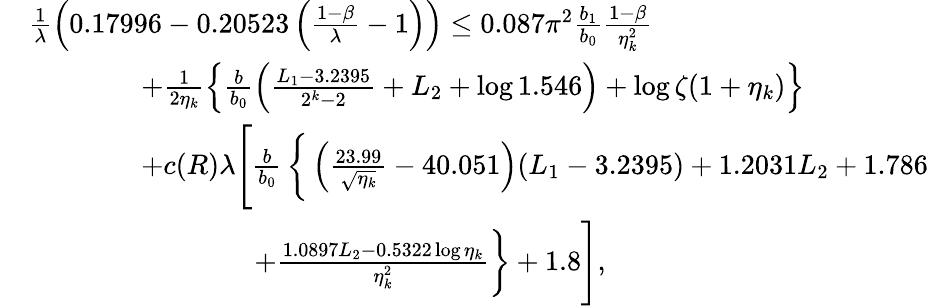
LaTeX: \begin{array}{rl}&{\frac{1}{\lambda}\left(0.17996-0.20523\left(\frac{1-\beta}{\lambda}-1\right)\right)\le 0.087\pi^{2}\frac{b_{1}}{b_{0}}\frac{1-\beta}{\eta_{k}^{2}}}\\ &{\qquad\qquad+\frac{1}{2\eta_{k}}\left\{ \frac{b}{b_{0}}\left(\frac{L_{1}-3.2395}{2^{k}-2}+L_{2}+\log 1.546\right)+\log\zeta(1+\eta_{k})\right\} }\\ &{\qquad\qquad+c(R)\lambda\Bigg[\frac{b}{b_{0}}\, \bigg\{ \left(\frac{23.99}{\sqrt{\eta_{k}}}-40.051\right)(L_{1}-3.2395)+1.2031L_{2}+1.786}\\ &{\qquad\qquad\qquad\qquad+\frac{1.0897L_{2}-0.5322\log\eta_{k}}{\eta_{k}^{2}}\bigg\} +1.8\Bigg],}\end{array}